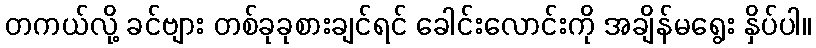
တကယ်လို့ ခင်ဗျား တစ်ခုခုစားချင်ရင် ခေါင်းလောင်းကို အချိန်မရွေး နှိပ်ပါ။